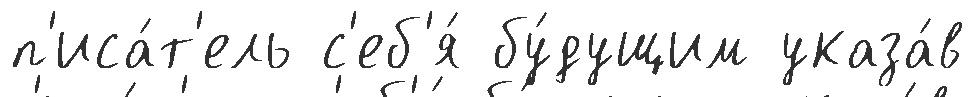
п'иса́т'ель с'еб'я́ бу́дущим указа́в